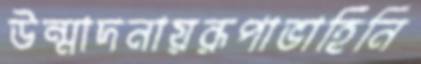
উন্মাদনায়রূপাভাহিনি